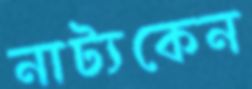
নাট্যকেন